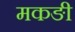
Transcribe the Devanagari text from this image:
मकङी